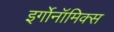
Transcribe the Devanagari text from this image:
इर्गोनॉमिक्स